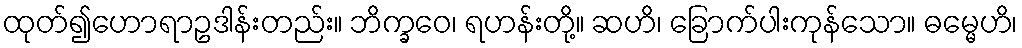
ထုတ်၍ဟောရာဥဒါန်းတည်း။ ဘိက္ခဝေ၊ ရဟန်းတို့။ ဆဟိ၊ ခြောက်ပါးကုန်သော။ ဓမ္မေဟိ၊